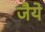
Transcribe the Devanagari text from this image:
जैये